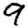
Digit: 9